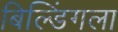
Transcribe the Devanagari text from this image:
बिल्डिंगला